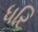
ધરિ